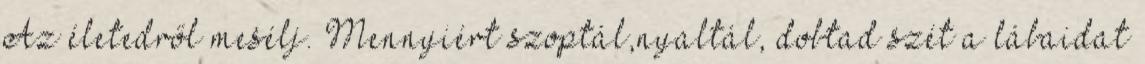
Az életedről mesélj. Mennyiért szoptál,nyaltál, dobtad szét a lábaidat